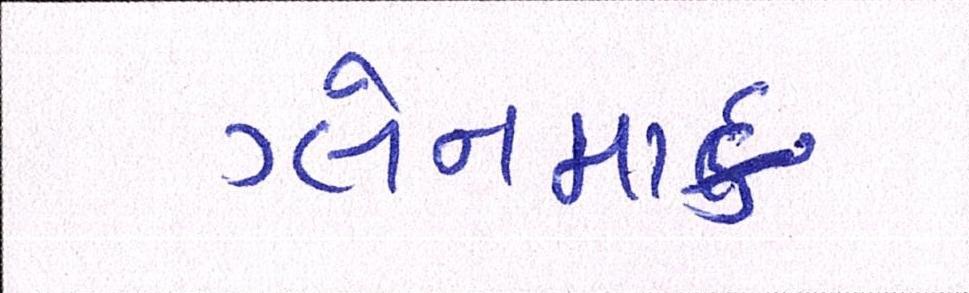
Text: ગ્લેનમાર્ક